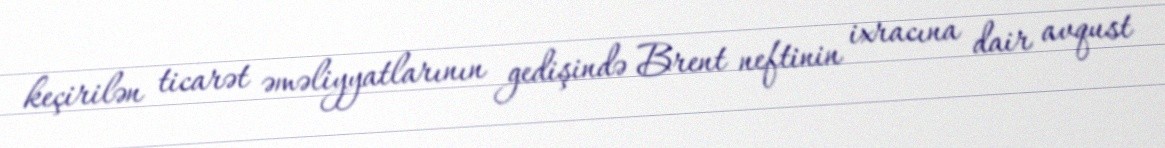
keçirilən ticarət əməliyyatlarının gedişində Brent neftinin ixracına dair avqust